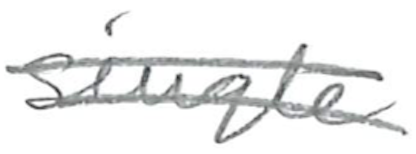
Text: single
Cross-out: double-line
Writing tool: pencil